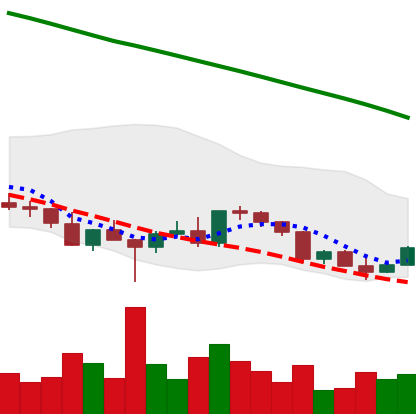
Ticker: EOS-USD
Chart end date: 2022-03-09
Forward return: -4.795%
Label: down_3_5